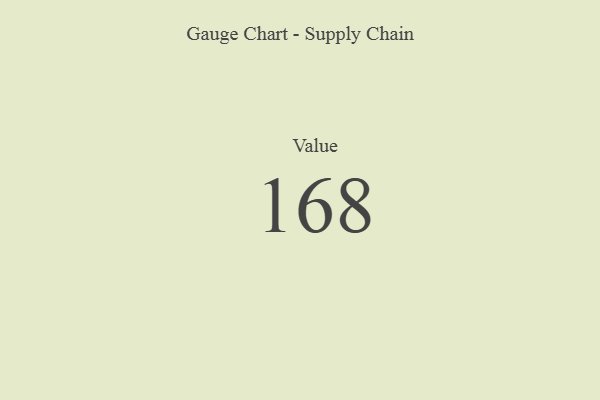
{"axis": {"x": "Metric", "y": "Value"}, "legend": [""], "data": [{"x": "Value", "y": 168, "type": ""}]}